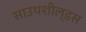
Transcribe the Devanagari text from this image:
साउथशील्डस